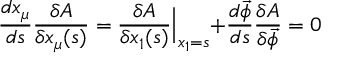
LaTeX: \frac { d x _ { \mu } } { d s } \frac { \delta A } { \delta x _ { \mu } ( s ) } = \frac { \delta A } { \delta x _ { 1 } ( s ) } \Bigl | _ { x _ { 1 } = s } + \frac { d \vec { \phi } } { d s } \frac { \delta A } { \delta \vec { \phi } } = 0